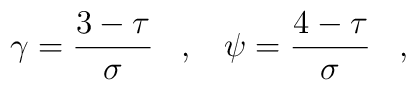
\gamma=\frac{3-\tau}{\sigma}\,\,\,\,\,,\,\,\,\,\,\psi=\frac{4-\tau}{\sigma}\,\,\,\,\,,\,\,\,\,\,